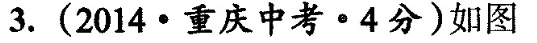
3.(2014·重庆中考·4分)如图